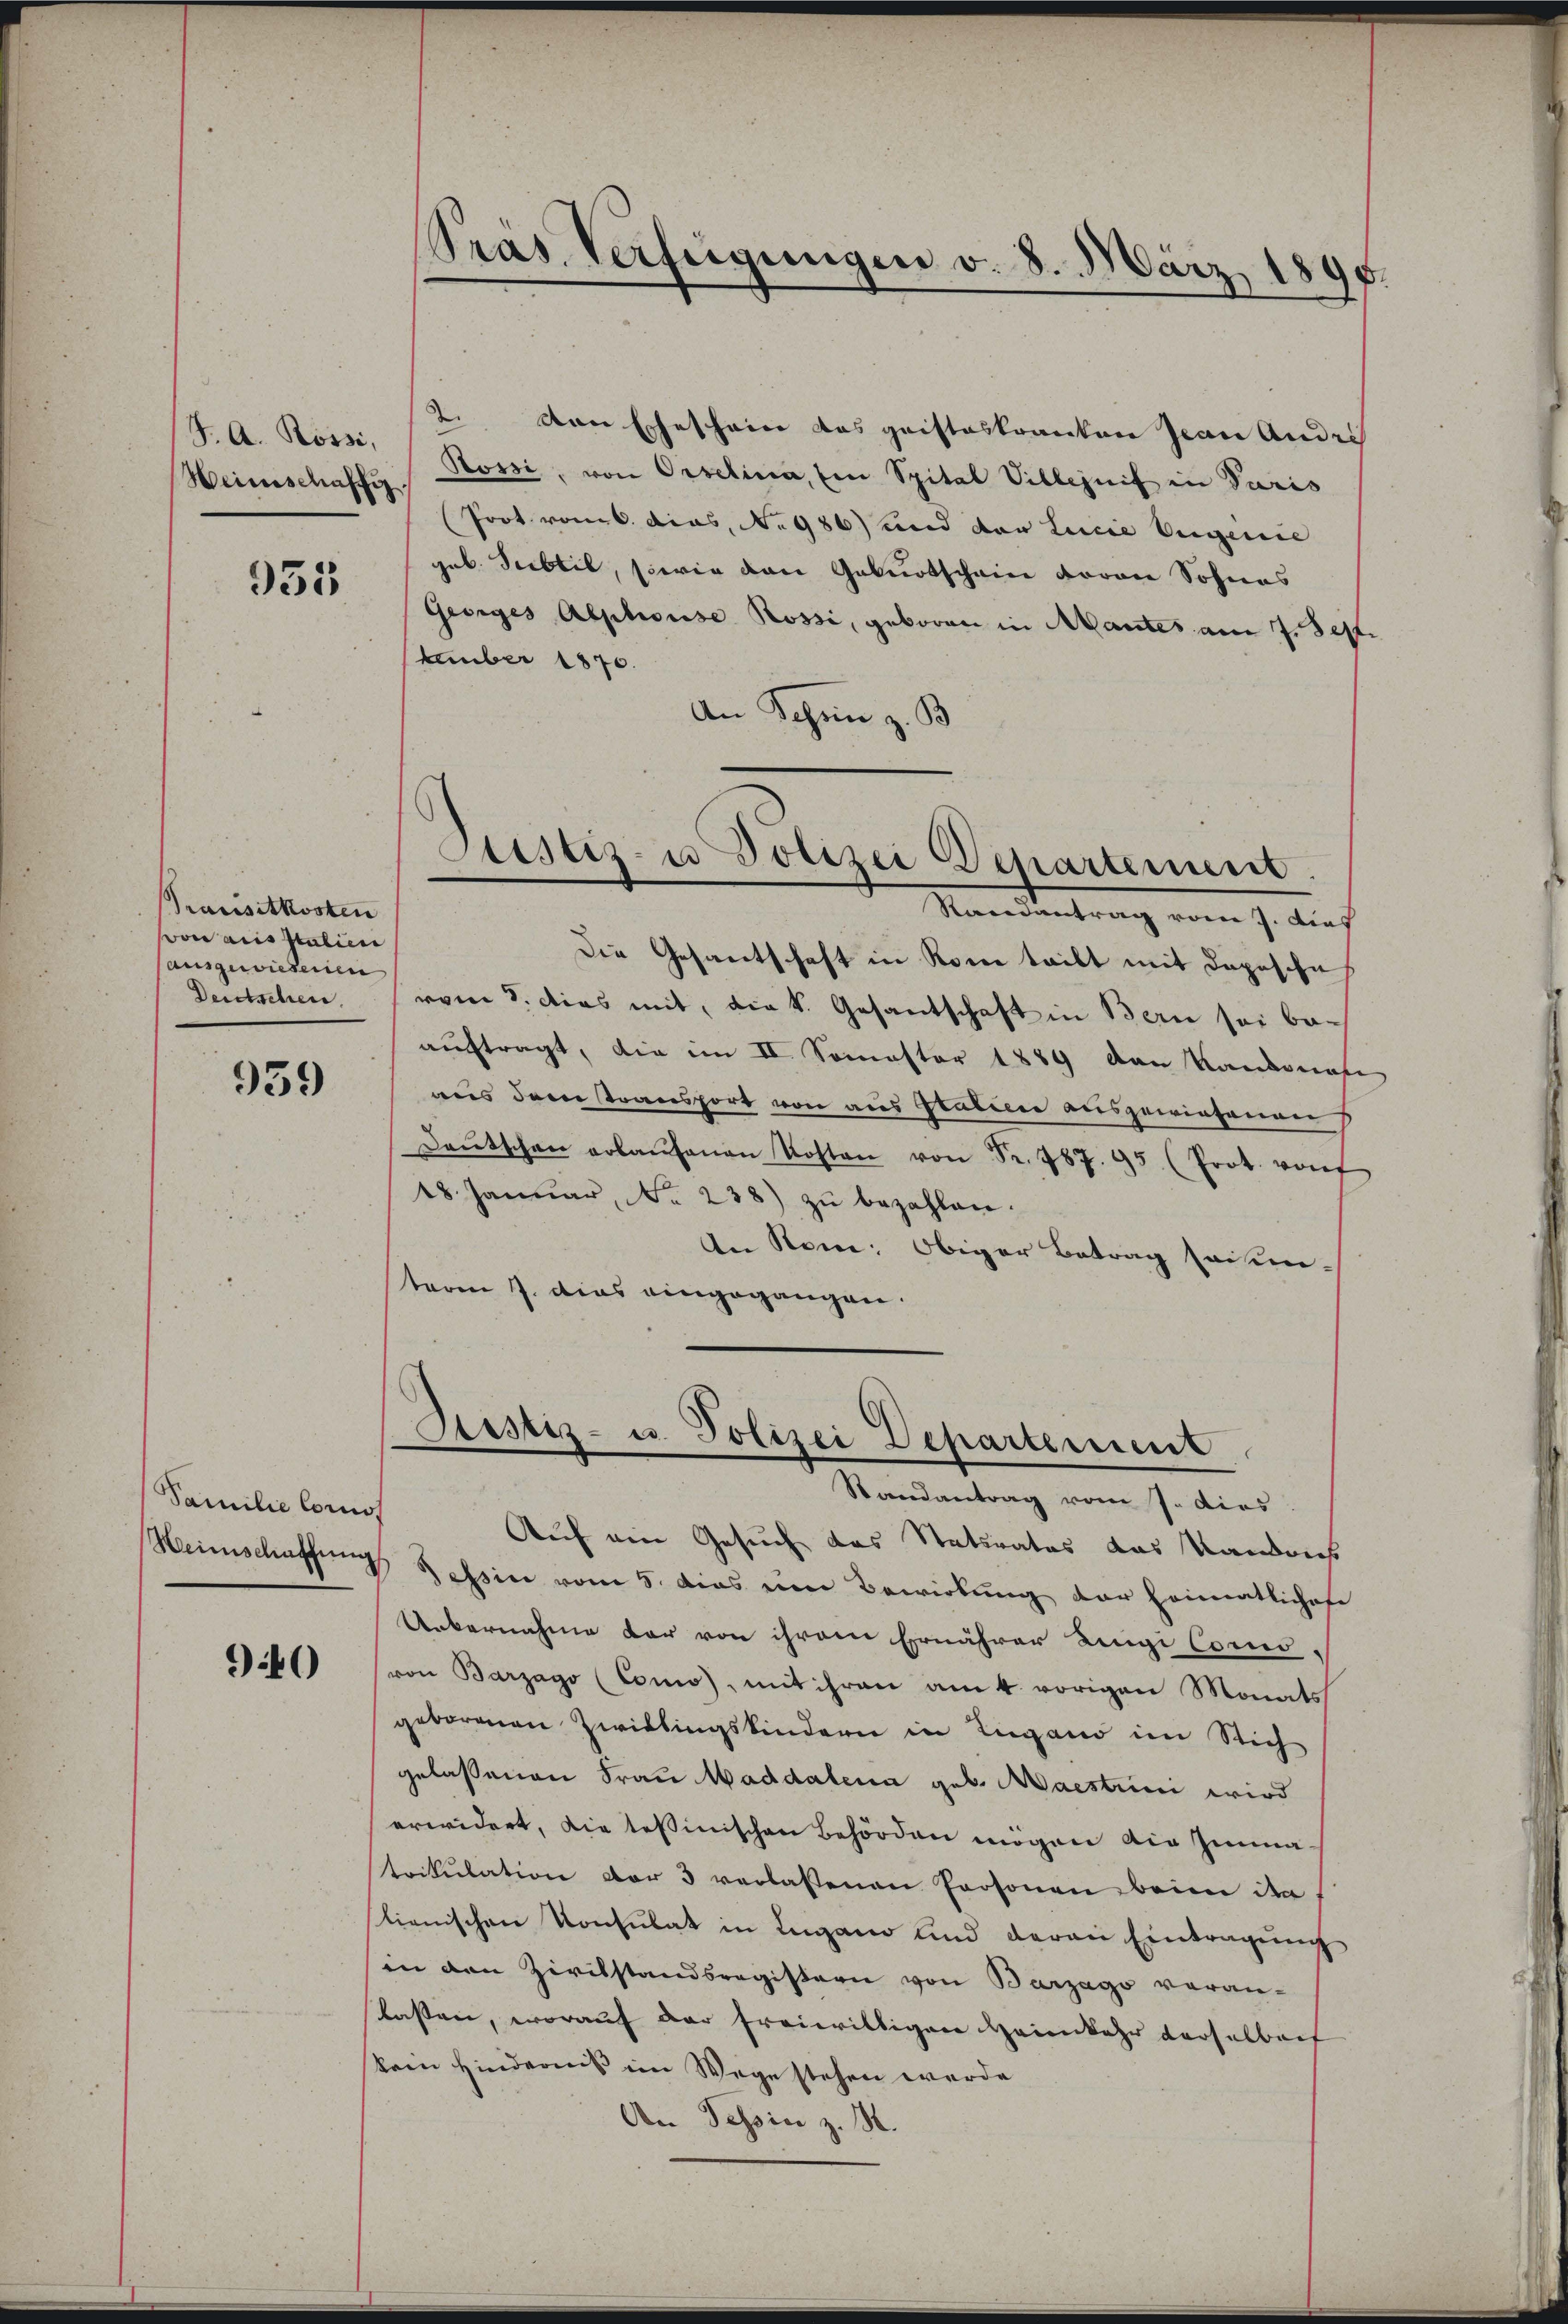
S. A. Rossi,
Heinschaffig.

955

Transitkosten
von aus Italien
(ausgewiesenen
Deutschen.

939

Familie loros

90

ras Verfügungen v. 8. März 1895.

2. von Eheschein das geisteskranken Jean Andri
Sorsi, von Oeselina, Ein Spital Villejnif in Paris
(Prot vom 6. dies, No 986) und der Linie Augenie
geb. Subtil, sowie den Geburtschein vorare Sohnes
Geiges Alphouse Rossi, geboren in Mantes am 7. Sept.
Eember 1870.
An Schön z. B
Die Gesantschaft in Rome teilt mit Depesche
vom 8. dies mit, die k. Gesantschaft in Bern sei beauftragt, die im II. Somester 1889 den Randonate
aus dere transport von aus Italien ausgewiesenen
Daŭtschen erlaŭfenen Kosten von Fr. 487. 95 (Prot. von
18. Januar, No. 238) zŭ bezahlen.
An Stein: Obiger Betrag saisinteren J. dies eingegangen.
Justiz- u. Polizei Departement

Sistiz- u. Polizei Departement
Randantrag vom 9. dies

Randantrag vom 7. dies

Auf ein Gesuch das Statirates das Kantons
Heimschaffung dessin vom 5. dies eine Bewirkung der Heimatliches
Uebernahme dar von ihrem Ernährer Lingi Como-
von Barzago (Como, mit ihren am 4. vorigen Monats
geborenen Zwillingskindern in Lugano im Stich
gelassenen Frau Maddalena geb. Maestrini wird
erwidert, die tessinischen Behörden mögen die Imma¬
Strikulation der 3 verlassenen Personen beim die
lienischen Konsulat in Lugano und daran Eintragŭng
in den Zivilstandsregistern von Barzago veran-
lassen, worauf der freiwilligen Heimkehr derselbach
kein Hinderniß im Wege stehen werde
An Tessin z. B.